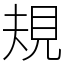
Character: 規